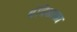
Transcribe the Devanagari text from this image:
बंदिशाळा